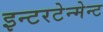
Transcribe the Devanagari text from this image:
इन्टरटेन्मेन्ट